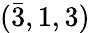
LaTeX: ({\bar{3}},1,3)